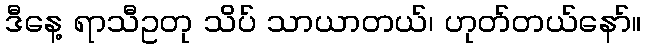
ဒီနေ့ ရာသီဥတု သိပ် သာယာတယ်၊ ဟုတ်တယ်နော်။